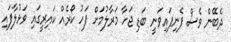
ދެބޭން ވެސް ފެނިފައިވަނީ ބަޑި ޖަހާ މަރާލުމަށް ފަހު ކޯރެއް ކައިރީގައި ވަޅުލާފައި